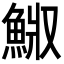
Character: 𩷅